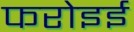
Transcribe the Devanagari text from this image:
फरोइई